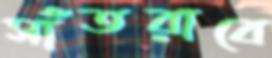
সাঁতরাবে